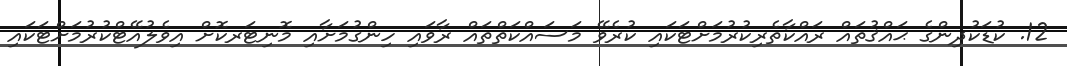
12. ކުޑަކުދިންގެ ޙައްޤުތައް ރައްކާތެރިކުރުމަށްޓަކައި ކުރެވޭ މަސައްކަތްތައް ރާވައި ހިންގުމަށާއި މޮނިޓަރކޮށް އިވެލުއޭޓްކުރުމަށްޓަކައި